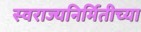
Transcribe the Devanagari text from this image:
स्वराज्यनिर्मितीच्या